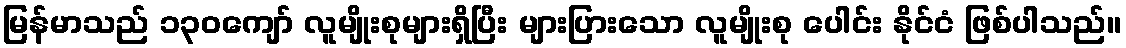
မြန်မာသည် ၁၃၀ကျော် လူမျိုးစုများရှိပြီး များပြားသော လူမျိုးစု ပေါင်း နိုင်ငံ ဖြစ်ပါသည်။